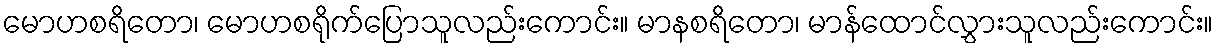
မောဟစရိတော၊ မောဟစရိုက်ပြောသူလည်းကောင်း။ မာနစရိတော၊ မာန်ထောင်လွှားသူလည်းကောင်း။